Cholera in India, 1862 to 1881
Year: 1862
Disease focus: Cholera
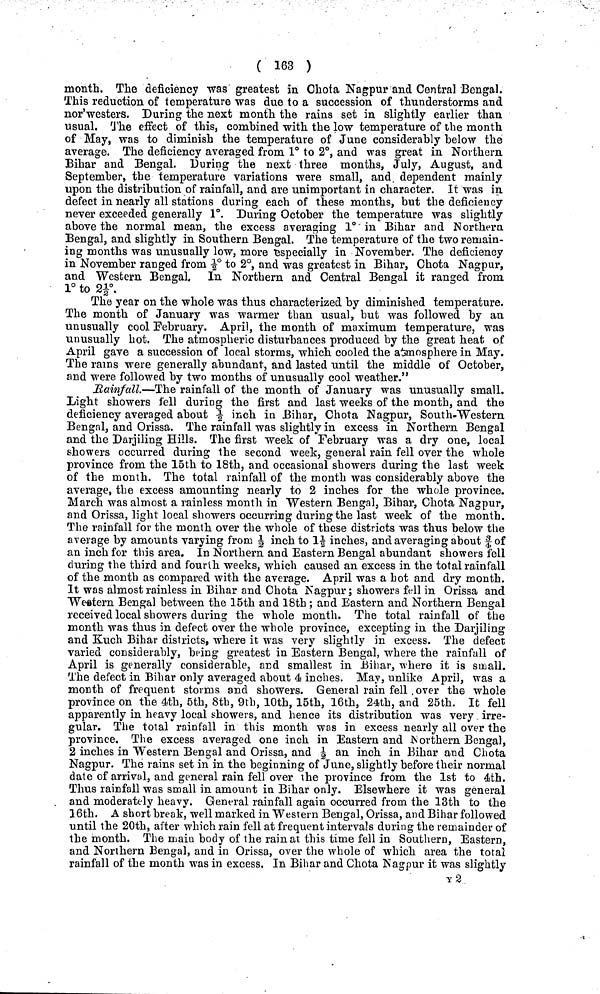
( 163 )
month. The deficiency was greatest in Chota Nagpur and Central Bengal.
This reduction of temperature was due to a succession of thunderstorms and
nor'westers. During the next month the rains set in slightly earlier than
usual. The effect of this, combined with the low temperature of the month
of May, was to diminish the temperature of June considerably below the
average. The deficiency averaged from 1° to 2°, and was great in Northern
Bihar and Bengal. During the next three months, July, August, and
September, the temperature variations were small, and dependent mainly
upon the distribution of rainfall, and are unimportant in character. It was in
defect in nearly all stations during each of these months, but the deficiency
never exceeded generally 1°. During October the temperature was slightly
above the normal mean, the excess averaging 1° in Bihar and Northern
Bengal, and slightly in Southern Bengal. The temperature of the two remain-
ing months was unusually low, more especially in November. The deficiency
in November ranged from -½° to 2°, and was greatest in Bihar, Chota Nagpur,
and Western Bengal. In Northern and Central Bengal it ranged from
1° to 2½°.
The year on the whole was thus characterized by diminished temperature.
The month of January was warmer than usual, but was followed by an
unusually cool February. April, the month of maximum temperature, was
unusually hot. The atmospheric disturbances produced by the great heat of
April gave a succession of local storms, which cooled the atmosphere in May.
The rains were generally abundant, and lasted until the middle of October,
and were followed by two months of unusually cool weather."
RainFall.—The rainfall of the month of January was unusually small.
Light showers fell during the first and last weeks of the month, and the
deficiency averaged about ½ inch in Bihar, Chota Nagpur, South.Western
Bengal, and Orissa. The rainfall was slightly in excess in Northern Bengal
and the Darjiling Hills. The first week of February was a dry one, local
showers occurred during the second week, general rain fell over the whole
province from the 15th to 18th, and occasional showers during the last week
of the month. The total rainfall of the month was considerably above the
average, the excess amounting nearly to 2 inches for the whole province.
March was almost a rainless month in Western Bengal, Bihar, Chota Nagpur,
and Orissa, light local showers occurring during the last week of the month.
The rainfall for the month over the whole of these districts was thus below the
average by amounts varying from ½ inch to 1½ inches, and averaging about 3/ 4 of
an inch for this area. In Northern and Eastern Bengal abundant showers fell
during the third and fourth weeks, which caused an excess in the total rainfall
of the month as compared with the average. April was a hot and dry month.
It was almost rainless in Bihar and Chota Nagpur; showers fell in Orissa and
Western Bengal between the 15th and 18th; and Eastern and Northern Bengal
received local showers during the whole month. The total rainfall of the
month was thus in defect over the whole province, excepting in the Darjiling
and Kuch Bihar districts, where it was very slightly in excess. The defect
varied considerably, being greatest in Eastern Bengal, where the rainfall of
April is generally considerable, and smallest in .Bihar, where it is small.
The defect in Bihar only averaged about 4 inches. May, unlike April, was a
month of frequent storms and showers. General rain fell. over the whole
province on the 4th, 5th, 8th, 9th, 10th, 15th, 16th, 24th, and 25th. It fell
apparently in heavy local showers, and hence its distribution was very irre-
gular. The total rainfall in this month was in excess nearly all over the
province. The excess averaged one inch in Eastern and Northern Bengal,
2 inches in Western Bengal and Orissa, and ½ an inch in Bihar and Chota
Nagpur. The rains set in in the beginning of June, slightly before their normal
date of arrival, and general rain fell over the province from the 1st to 4th.
Thus rainfall was small in amount in Bihar only. Elsewhere it was general
and moderately heavy. General rainfall again occurred from the 13th to the
16th. A short break, well marked in Western Bengal, Orissa, and Bihar followed
until the 20th, after which rain fell at frequent intervals during the remainder of
the month. The main body of the rain at this time fell in Southern, Eastern,
and Northern Bengal, and in Orissa, over the whole of which area the total
rainfall of the month was in excess, In Bihar and Chota Nagpur it was slightly
y2